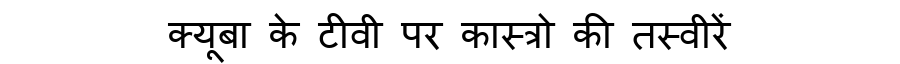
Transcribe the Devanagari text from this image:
क्यूबा के टीवी पर कास्त्रो की तस्वीरें